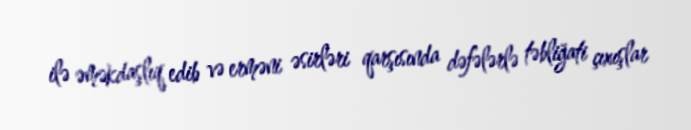
ilə əməkdaşlıq edib və erməni əsirləri qarşısında dəfələrlə təbliğati çıxışlar